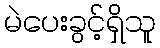
မဲပေးခွင့်ရှိသူ